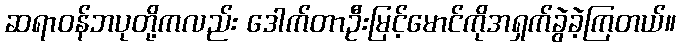
ဆရာဝန်ဘပုတို့ကလည်း ဒေါက်တာဦးမြင့်မောင်ကိုအရှက်ခွဲခဲ့ကြတယ်။